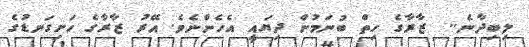
ލިބިދާނެ..  ޒާރާގެ ހިތް ބުނަމުން ދިޔައީ އެހެންނެވެ. އޭރު ޒާރާގެ ހަށިގަނޑުގެ